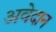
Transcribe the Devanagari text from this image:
अवेदान